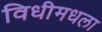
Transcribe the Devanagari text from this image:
विधीमधला